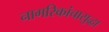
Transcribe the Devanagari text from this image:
नागरिकांचासुद्धा